Civil Veterinary Dept. Bombay admin report 1914-1922 - 1914-1922
Year: 1914
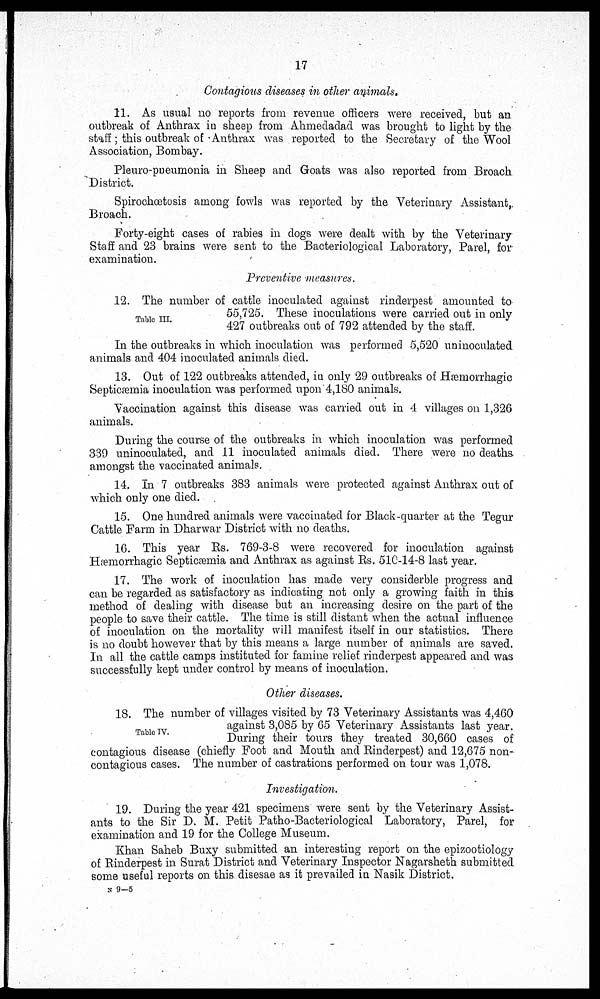
17
Contagious diseases in other animals.
11. As usual no reports from revenue officers were received, but an
outbreak of Anthrax in sheep from Ahmedadad was brought to light by the
staff; this outbreak of Anthrax was reported to the Secretary of the Wool
Association, Bombay.
Pleuro-pneumonia in Sheep and Goats was also reported from Broach
District.
Spirochœtosis among fowls was reported by the Veterinary Assistant,
Broach.
Forty-eight cases of rabies in dogs were dealt with by the Veterinary
Staff and 23 brains were sent to the Bacteriological Laboratory, Parel, for
examination.
Preventive measures.
Table III.
12. The number of cattle inoculated against rinderpest amounted to
55,725. These inoculations were carried out in only
427 outbreaks out of 792 attended by the staff.
In the outbreaks in which inoculation was performed 5,520 uninoculated
animals and 404 inoculated animals died.
13. Out of 122 outbreaks attended, in only 29 outbreaks of Hæmorrhagic
Septicæmia inoculation was performed upon 4,180 animals.
Vaccination against this disease was carried out in 4 villages on 1,326
animals.
During the course of the outbreaks in which inoculation was performed
339 uninoculated, and 11 inoculated animals died. There were no deaths
amongst the vaccinated animals.
14. In 7 outbreaks 383 animals were protected against Anthrax out of
which only one died.
15. One hundred animals were vaccinated for Black-quarter at the Tegur
Cattle Farm in Dharwar District with no deaths.
16. This year Rs. 769-3-8 were recovered for inoculation against
Hæmorrhagic Septicæmia and Anthrax as against Rs. 510-14-8 last year.
17. The work of inoculation has made very considerble progress and
can be regarded as satisfactory as indicating not only a growing faith in this
method of dealing with disease but an increasing desire on the part of the
people to save their cattle. The time is still distant when the actual influence
of inoculation on the mortality will manifest itself in our statistics. There
is no doubt however that by this means a large number of animals are saved.
In all the cattle camps instituted for famine relief rinderpest appeared and was
successfully kept under control by means of inoculation.
Other diseases.
Table IV.
18. The number of villages visited by 73 Veterinary Assistants was 4,460
against 3,085 by 65 Veterinary Assistants last year.
During their tours they treated 30,660 cases of
contagious disease (chiefly Foot and Mouth and Rinderpest) and 12,675 non-
contagious cases. The number of castrations performed on tour was 1,078.
Investigation.
19. During the year 421 specimens were sent by the Veterinary Assist-
ants to the Sir D. M. Petit Patho-Bacteriological Laboratory, Parel, for
examination and 19 for the College Museum.
Khan Saheb Buxy submitted an interesting report on the epizootiology
of Rinderpest in Surat District and Veterinary Inspector Nagarsheth submitted
some useful reports on this disesae as it prevailed in Nasik District.
N 9-5